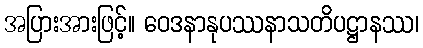
အပြားအားဖြင့်။ ဝေဒနာနုပဿနာသတိပဋ္ဌာနဿ၊